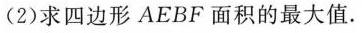
(2)求四边形AEBF面积的最大值.